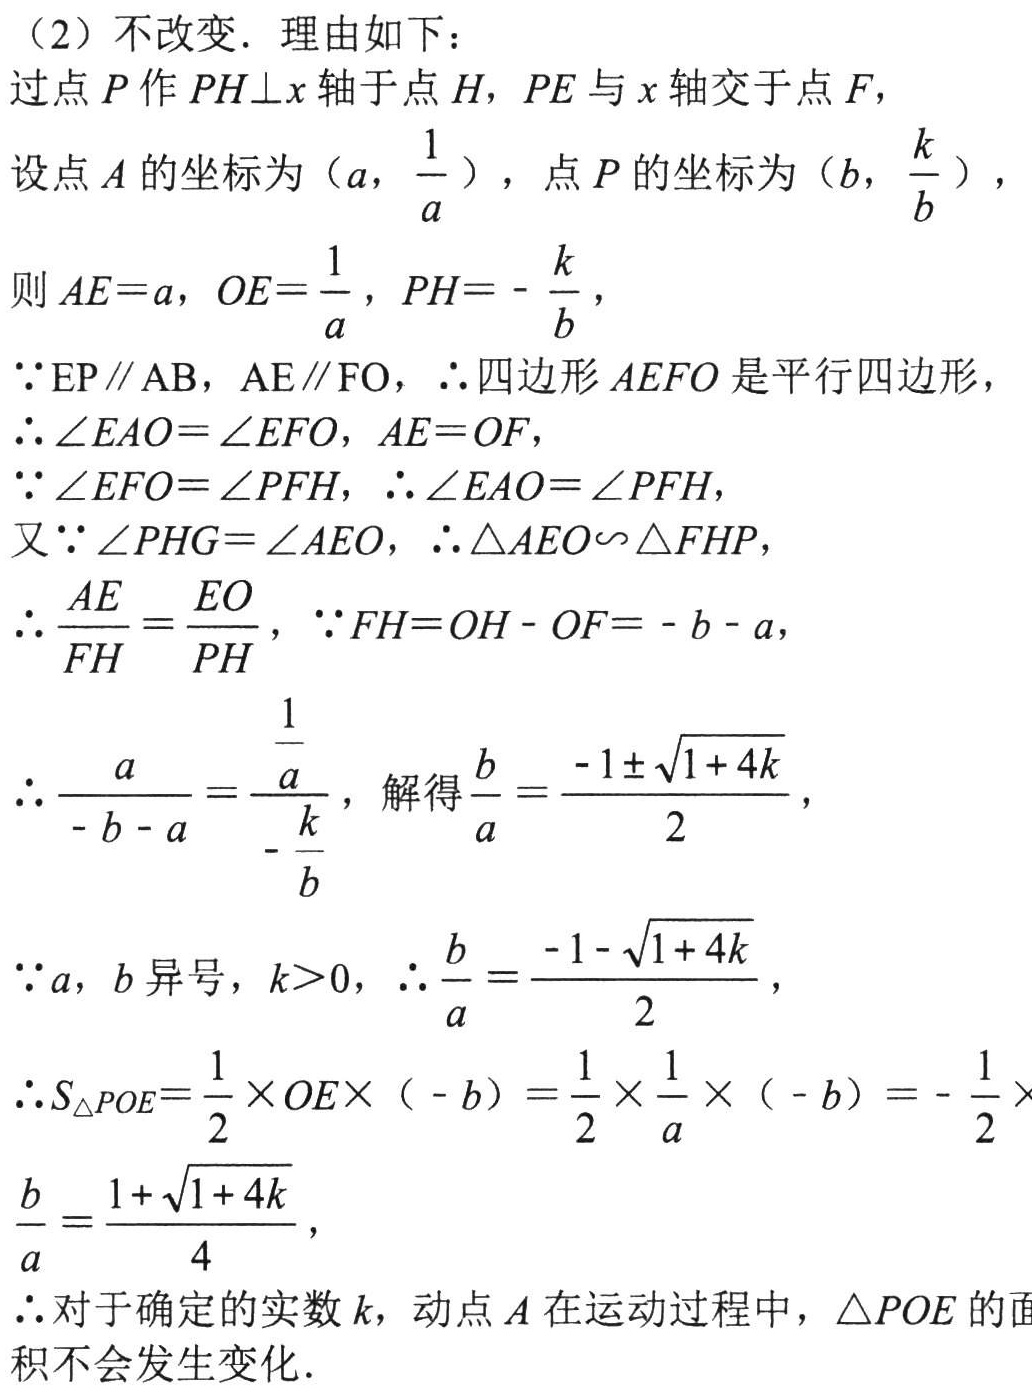
（2）不改变．理由如下：

过点\(P\)作\(PH\perp x\)轴于点\(H\)，\(PE\)与\(x\)轴交于点\(F\)，

设点\(A\)的坐标为\((a,\frac{1}{a})\)，点\(P\)的坐标为\((b,\frac{k}{b})\)，

则\(AE = a\)，\(OE=\frac{1}{a}\)，\(PH = -\frac{k}{b}\)，

\(\because EP\parallel AB\)，\(AE\parallel FO\)，\(\therefore\)四边形\(AEFO\)是平行四边形，

\(\therefore\angle EAO=\angle EFO\)，\(AE = OF\)，

\(\because\angle EFO=\angle PFH\)，\(\therefore\angle EAO=\angle PFH\)，

又\(\because\angle PHG=\angle AEO\)，\(\therefore\triangle AEO\sim\triangle FHP\)，

\(\therefore\frac{AE}{FH}=\frac{EO}{PH}\)，\(\because FH = OH - OF=-b - a\)，

\(\therefore\frac{a}{-b - a}=\frac{\frac{1}{a}}{-\frac{k}{b}}\)，解得\(\frac{b}{a}=\frac{-1\pm\sqrt{1 + 4k}}{2}\)，

\(\because a\)，\(b\)异号，\(k > 0\)，\(\therefore\frac{b}{a}=\frac{-1-\sqrt{1 + 4k}}{2}\)，

\(\therefore S_{\triangle POE}=\frac{1}{2}\times OE\times(-b)=\frac{1}{2}\times\frac{1}{a}\times(-b)=-\frac{1}{2}\times\frac{b}{a}=\frac{1+\sqrt{1 + 4k}}{4}\)，

\(\therefore\)对于确定的实数\(k\)，动点\(A\)在运动过程中，\(\triangle POE\)的面积不会发生变化．